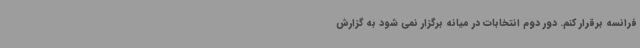
فرانسه برقرار کنم. دور دوم انتخابات در میانه برگزار نمی شود به گزارش